Report of the Indian Hemp Drugs Commission, 1894-1895 - Volume V
Year: 1894
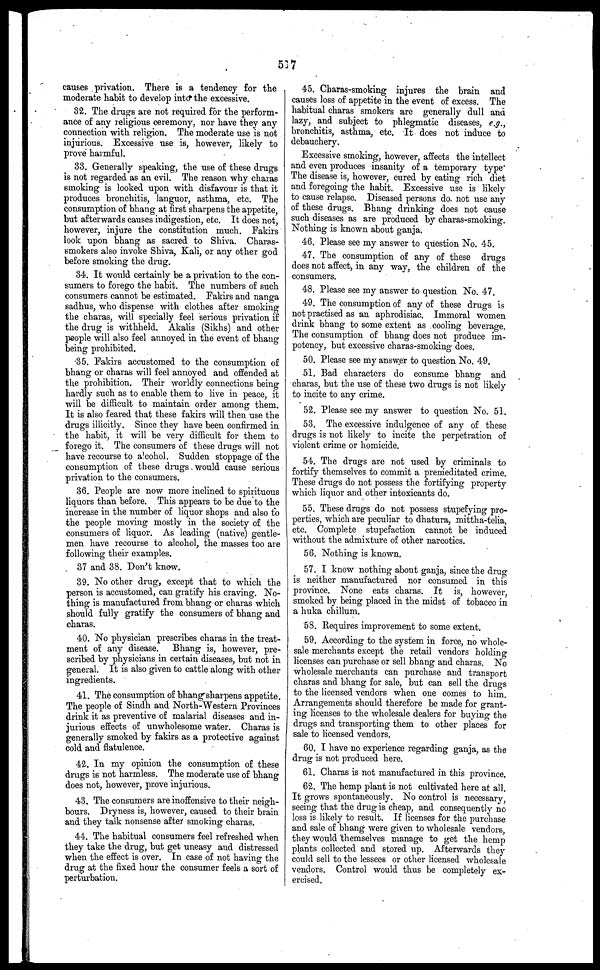
517
causes privation. There is a tendency for the
moderate habit to develop into the excessive.
32. The drugs are not required for the perform-
ance of any religions ceremony, nor have they any
connection with religion. The moderate use is not
injurious. Excessive Use is, however, likely to
prove harmful.
33. Generally speaking, the use of these dings
is not regarded as an evil. The reason why charas
smoking is looked upon with disfavour is that it
produces bronchitis, languor, asthma, etc. The
consumption of bhang at first sharpens the appetite,
but afterwards causes indigestion, etc. It does not,
however, injure the constitution much. Fakirs
look upon bhang as sacred to Shiva. Charss-
smokers also invoke Shiva, Kali, or any other god
before smoking the drug.
34. It would certainly be a privation to the con-
sumers to forego the habit. The numbers of such
consumers cannot be estimated. Fakirs and nanga
sadhus, who dispense with clothes after smoking
the charas, will specially feel serious privation if
the drug is withheld. Akalis (Sikhs) and other
people will also feel annoyed in the event of bhang
being prohibited.
35. Fakirs accustomed to the consumption of
bhang or charas will feel annoyed and offended at
the prohibition. Their worldly connections being
hardly such as to enable them to live in peace, it
will be difficult to maintain order among them.
It is also feared that these fakirs will then use the
drugs illicitly. Since they have been confirmed in
the habit, it will be very difficult for them to
forego it. The consumers of these drugs will not
have recourse to alcohol. Sudden stoppage of the
consumption of these drugs would cause serious
privation to the consumers.
36. People are now more inclined to spirituous
liquors than before. This appears to be due to the
increase in the number of liquor shops and also to
the people moving mostly in the society of the
consumers of liquor. As leading (native) gentle-
men have recourse to alcohol, the masses too are
following their examples.
37 and 33. Don't know.
39. No other drug, except that to which the
person is accustomed, can gratify his craving. No-
thing is manufactured from bhang or charas which
should fully gratify the consumers of bhang and
charas.
40. No physician prescribes charas in the treat-
ment of any disease. Bhang is, however, pre-
scribed by physicians in certain diseases, but not in
general. It is also given to cattle along with other
ingredients.
41. The consumption of bhang sharpens appetite.
The people of Sindh and North-Western Provinces
drink it as preventive of malarial diseases and in-
jurious effects of unwholesome water. Charas is
generally smoked by fakirs as a protective against
cold and flatulence.
42. In my opinion the consumption of these
drugs is not harmless. The moderate use of bhang
does not, however, prove injurious.
43. The consumers are inoffensive to their neigh-
bours. Dryness is, however, caused to their brain
and they talk nonsense after smoking charas.
44. The habitual consumers feel refreshed when
they take the drug, but get uneasy and distressed
when the effect is over. In case of not having the
drug at the fixed hour the consumer feels a sort of
perturbation.
45. Charas-smoking injures the brain and
causes loss of appetite in the event of excess. The
habitual charas smokers are generally dull and
lazy, and subject to phlegmatic diseases, e.g.,
bronchitis, asthma, etc. It does not induce to
debauchery.
Excessive smoking, however, affects the intellect
and even produces insanity of a temporary type
The disease is, however, cured by eating rich diet
and foregoing the habit. Excessive use is likely
to cause relapse. Diseased persons do. not use any
of these drugs. Bhang drinking does not cause
such diseases as are produced by charas-smoking.
Nothing is known about ganja.
46. Please see my answer to question No. 45.
47. The consumption of any of these drugs
does not affect, in any way, the children of the
consumers.
48. Please see my answer to question No. 47.
49. The consumption of any of these drugs is
not practised as an aphrodisiac. Immoral women
drink bhang to some extent as cooling beverage.
The consumption of bhang does not produce im-
potency, but excessive charas-smoking does.
50. Please see my answer to question No. 49.
51. Bad characters do consume bhang and
charas, but the use of these two drugs is not likely
to incite to any crime.
52. Please see my answer to question No. 51.
53. The excessive indulgence of any of these
drugs is not likely to incite the perpetration of
violent crime or homicide.
54. The drugs are not used by criminals to
fortify themselves to commit a premeditated crime.
These drugs do not possess the fortifying property
which liquor and other intoxicants do.
55. These drugs do not possess stupefying pro-
perties, which are peculiar to dhatura, mittha-telia,
etc. Complete stupefaction cannot be induced
without the admixture of other narcotics.
56. Nothing is known.
57. I know nothing about ganja, since the drug
is neither manufactured nor consumed in this
province. None eats charas. It is, however,
smoked by being placed in the midst of tobacco in
a huka chilium.
53. Requires improvement to some extent.
59. According to the system in force, no whole-
sale merchants except the retail vendors holding
licenses can purchase or sell bhang and charas. No
wholesale merchants can purchase and transport
charas and bhang for sale, but can sell the drugs
to the licensed vendors when one comes to him.
Arrangements should therefore be made for grant-
ing licenses to the wholesale dealers for buying the
drugs and transporting them to other places for
sale to licensed vendors.
60. I have no experience regarding ganja, as the
drug is not produced here.
61. Charas is not manufactured in this province.
62. The hemp plant is not cultivated here at all.
It grows spontaneously. No control is necessary,
seeing that the drug is cheap, and consequently no
loss is likely to result. If licenses for the purchase
and sale of bhang were given to wholesale vendors,
they would themselves manage to get the hemp
plants collected and stored up. Afterwards they
could sell to the lessees or other licensed wholesale
vendors. Control would thus be completely ex-
ercised.